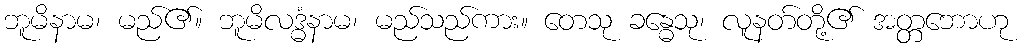
ဘူမိနာမ၊ မည်၏။ ဘူမိလဒ္ဓံနာမ၊ မည်သည်ကား။ တေသု ခန္ဓေသု၊ လူနတ်တို့၏ အတ္တဘောဟု